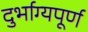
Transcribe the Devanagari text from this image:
दुर्भाग्‍यपूर्ण